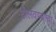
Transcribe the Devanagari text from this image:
टोलवण्याचा